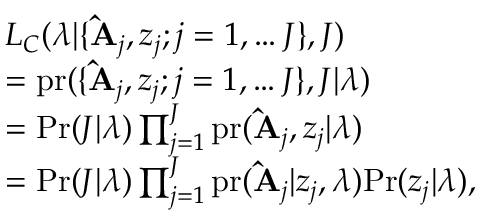
\begin{array} { r l } & { L _ { C } ( \boldsymbol { \lambda } | \{ \mathbf { \hat { A } } _ { j } , \boldsymbol { z } _ { j } ; j = 1 , \ldots J \} , J ) } \\ & { = \mathrm { p r } ( \{ \mathbf { \hat { A } } _ { j } , \boldsymbol { z } _ { j } ; j = 1 , \ldots J \} , J | \boldsymbol { \lambda } ) } \\ & { = \mathrm { P r } ( J | \boldsymbol { \lambda } ) \prod _ { j = 1 } ^ { J } \mathrm { p r } ( \mathbf { \hat { A } } _ { j } , \boldsymbol { z } _ { j } | \boldsymbol { \lambda } ) } \\ & { = \mathrm { P r } ( J | \boldsymbol { \lambda } ) \prod _ { j = 1 } ^ { J } \mathrm { p r } ( \mathbf { \hat { A } } _ { j } | \boldsymbol { z } _ { j } , \boldsymbol { \lambda } ) \mathrm { P r } ( \boldsymbol { z } _ { j } | \boldsymbol { \lambda } ) , } \end{array}